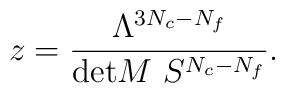
z=\frac{\Lambda^{3N_c-N_f}}{\mbox{det} M\ S^{N_c-N_f}}.